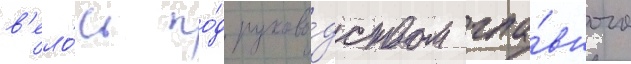
в'ело́сь по́д руково́дством гла́вного